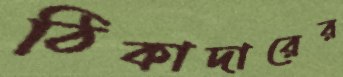
ঠিকাদারের